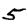
Digit: 5